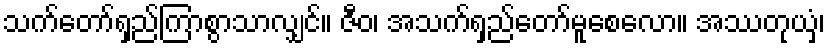
သက်တော်ရှည်ကြာစွာသာလျှင်။ ဇီဝ၊ အသက်ရှည်တော်မူစေလော။ အဿတုယှံ၊